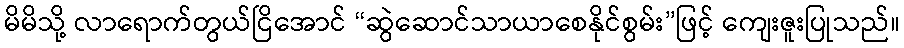
မိမိသို့ လာရောက်တွယ်ငြိအောင် “ဆွဲဆောင်သာယာစေနိုင်စွမ်း”ဖြင့် ကျေးဇူးပြုသည်။